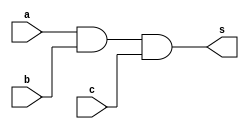
// ------------------------- 
// Exercicio 08 - AND 
// Nome: Gabriel Benjamim de Carvalho
// ------------------------- 
// ------------------------- 
// -- and gate 
// ------------------------- 
module andgate ( output s, 
input a, 
input b, input c); 
assign s = a & b & c; 
endmodule // andgate 
// --------------------- 
// -- test and gate 
// --------------------- 
module testandgate; 
// ------------------------- dados locais 
reg a, b, c; // definir registradores 
wire s; // definir conexao (fio) 
// ------------------------- instancia 
andgate AND1 (s, a, b, c); 
// ------------------------- preparacao 
initial begin:start 
// atribuicao simultanea 
// dos valores iniciais 
a=0; b=0; c=0; 
end 
// ------------------------- parte principal 
initial begin 
$display("Exercicio 08 - Gabriel Benjamim de Carvalho - 396690"); 
$display("Test AND gate"); 
$display("\t time\ta b c = s"); 
// execucao permanente 
$monitor("%d\t%b %b %b = %b", $time, a,b,c,s);
#1 a=0;b=0;c=0;
#1 a=0;b=0;c=1;
#1 a=0;b=1;c=0;
#1 a=0;b=1;c=1;
#1 a=1;b=0;c=0;
#1 a=1;b=0;c=1;
#1 a=1;b=1;c=0;
#1 a=1;b=1;c=1;
end 
endmodule // testandgate